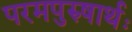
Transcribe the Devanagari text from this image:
परमपुरुषार्थः